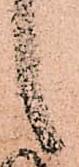
候